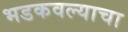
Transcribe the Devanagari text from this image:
भडकवल्याचा